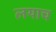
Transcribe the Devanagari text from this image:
लयाच